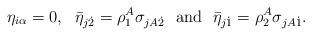
LaTeX: \begin{align*}\eta_{i\alpha}=0,~~\bar{\eta}_{j\dot{2}}=\rho^A_1 \sigma_{jA\dot{2}}~~\mbox{and}~~\bar{\eta}_{j\dot{1}} = \rho^A_2 \sigma_{jA\dot{1}}. \end{align*}